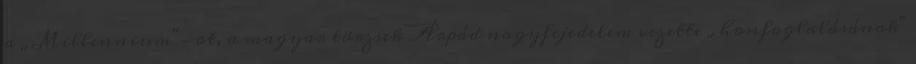
a „Millennium"-ot, a magyar törzsek Árpád nagyfejedelem vezette „honfoglalásának"